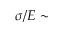
\sigma / E \sim